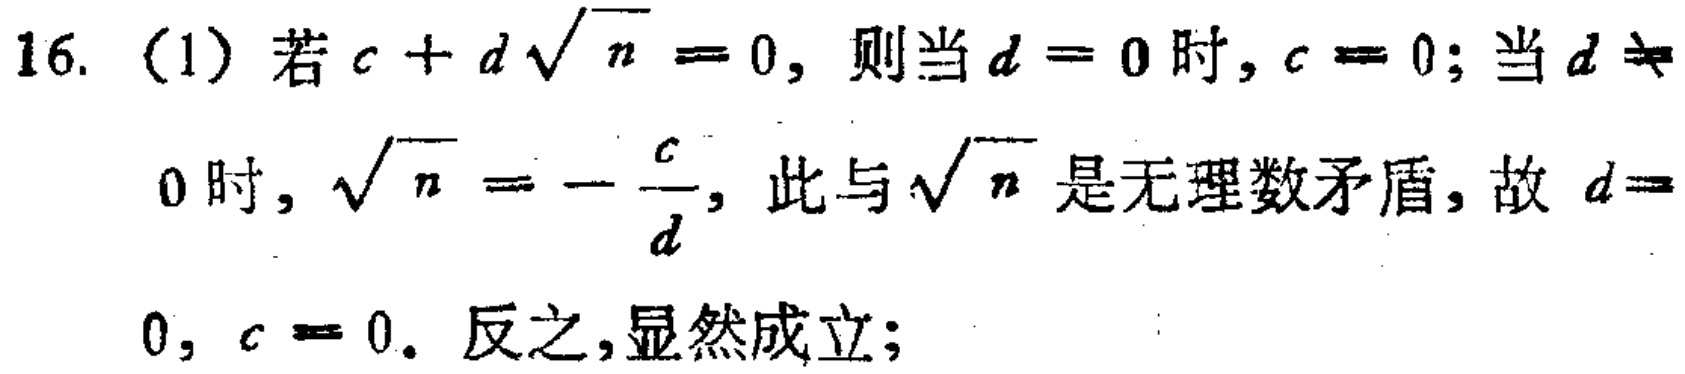
16. (1) 若\(c + d\sqrt{n}=0\)，则当\(d = 0\)时，\(c = 0\)；当\(d\neq0\)时，\(\sqrt{n}=-\frac{c}{d}\)，此与\(\sqrt{n}\)是无理数矛盾，故\(d = 0\)，\(c = 0\)。反之，显然成立；